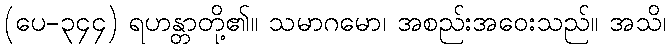
(ပေ-၃၄၄) ရဟန္တာတို့၏။ သမာဂမော၊ အစည်းအဝေးသည်။ အသိ၊